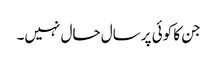
جن کا کوئی پرسال حال نہیں۔